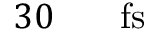
3 0 \ensuremath { \mathrm { ~ \textrm ~ { ~ \, ~ } ~ } } \ensuremath { \mathrm { f s } }